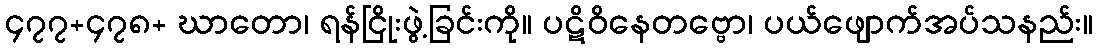
၄၇၇+၄၇၈+ ဃာတော၊ ရန်ငြိုးဖွဲ့ခြင်းကို။ ပဋိဝိနေတဗ္ဗော၊ ပယ်ဖျောက်အပ်သနည်း။